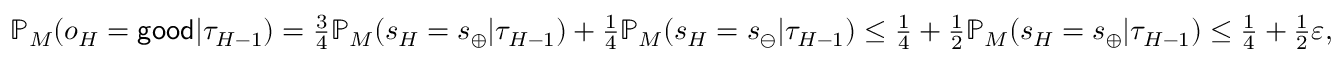
\begin{array} { r } { \mathbb { P } _ { M } ( o _ { H } = { \sf g o o d } | \tau _ { H - 1 } ) = \frac 3 4 \mathbb { P } _ { M } ( s _ { H } = s _ { \oplus } | \tau _ { H - 1 } ) + \frac 1 4 \mathbb { P } _ { M } ( s _ { H } = s _ { \ominus } | \tau _ { H - 1 } ) \leq \frac 1 4 + \frac 1 2 \mathbb { P } _ { M } ( s _ { H } = s _ { \oplus } | \tau _ { H - 1 } ) \leq \frac 1 4 + \frac 1 2 \varepsilon , } \end{array}